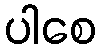
ပါစေ